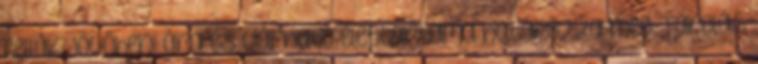
cellák jövőbeni ára és várható élettartama határozza meg. Tárolás